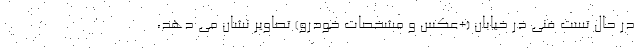
در حال تست فنی در خیابان (+عکس و مشخصات خودرو) تصاویر نشان می دهد،